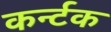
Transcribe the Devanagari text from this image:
कर्न्टक